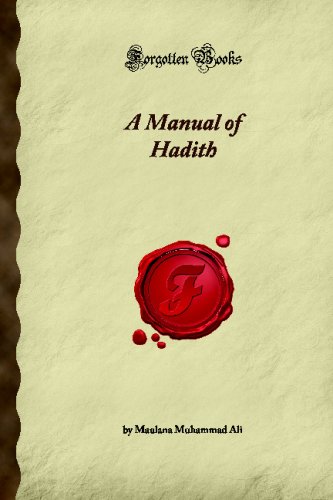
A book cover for A Manual of Hadith (Forgotten Books); Maulana Muhammad Ali; Religion & Spirituality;